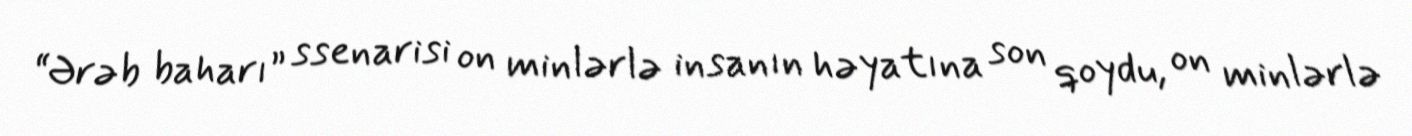
“Ərəb baharı” ssenarisi on minlərlə insanın həyatına son qoydu, on minlərlə